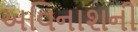
અવિનાશની